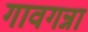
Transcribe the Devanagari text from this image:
गावगन्ना